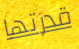
قدرتها